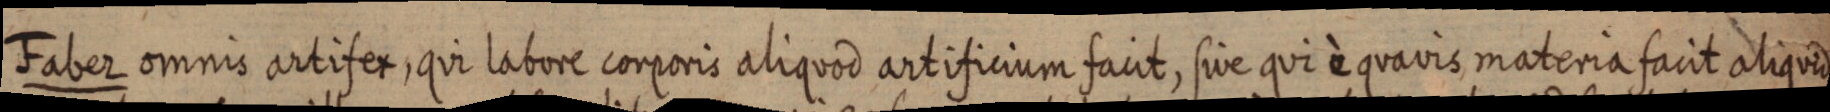
Faber omnis artifex, qui labore corporis aliquod artificium facit, sive qui è quavis materia facit aliquid